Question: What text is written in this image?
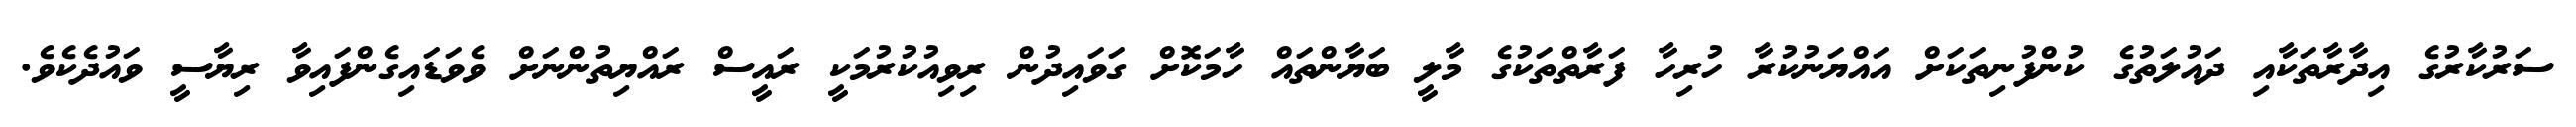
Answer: ސަރުކާރުގެ އިދާރާތަކާއި ދައުލަތުގެ ކުންފުނިތަކަށް އައްޔަނުކުރާ ހުރިހާ ފަރާތްތަކުގެ މާލީ ބަޔާންތައް ހާމަކޮށް ގަވައިދުން ރިވިއުކުރުމަކީ ރައީސް ރައްޔިތުންނަށް ވެވަޑައިގެންފައިވާ ރިޔާސީ ވައުދެކެވެ.